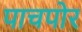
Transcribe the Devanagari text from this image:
पाचपोर